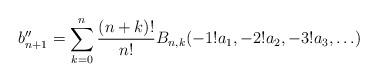
LaTeX: \begin{align*}b''_{n+1} = \sum_{k=0}^{n} \frac{(n+k)!}{n!}B_{n,k}(-1!a_1, -2!a_2, -3!a_3, \ldots) \end{align*}